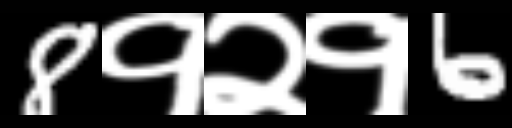
Text: 8१२१6